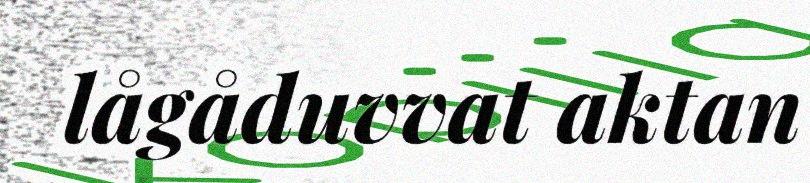
lågåduvvat aktan